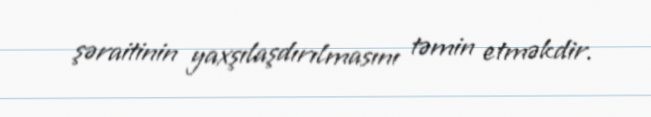
şəraitinin yaxşılaşdırılmasını təmin etməkdir.